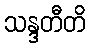
သန္ဒတီတိ